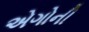
એગોની